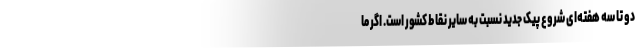
دو تا سه هفته‌ای شروع پیک جدید نسبت به سایر نقاط کشور است. اگر ما